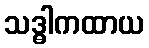
သဒ္ဓါကထာယ